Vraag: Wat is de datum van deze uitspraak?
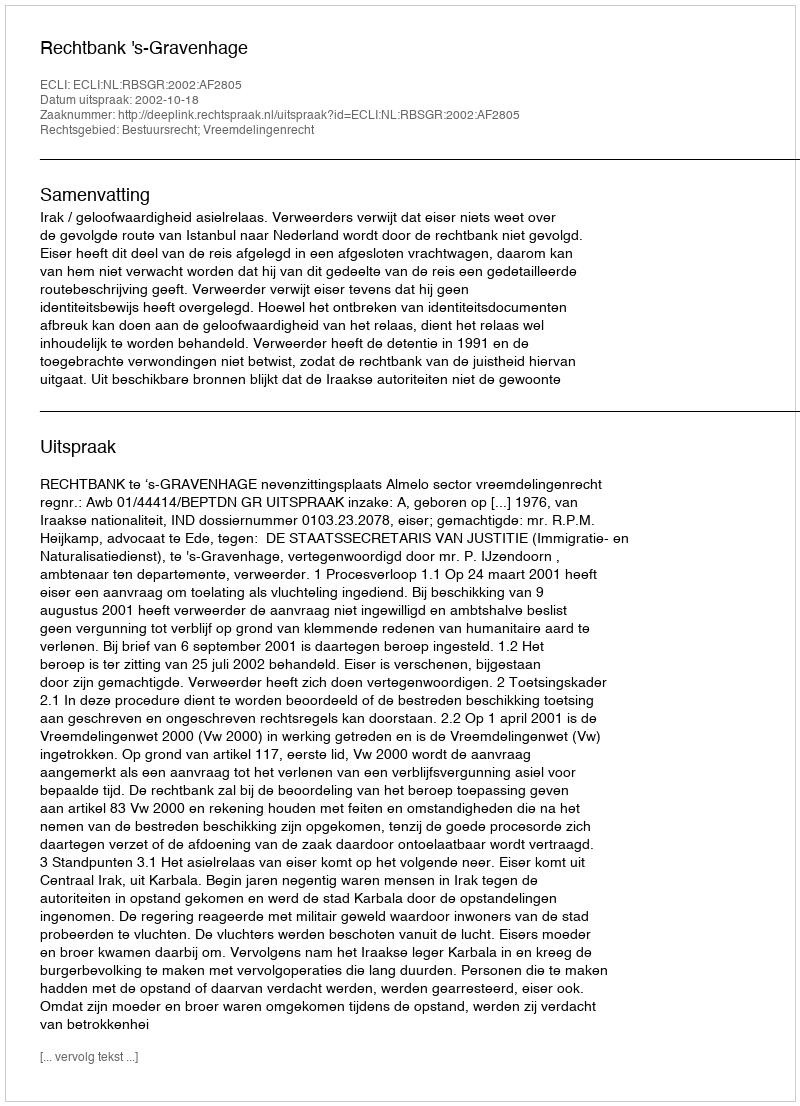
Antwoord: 2002-10-18